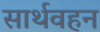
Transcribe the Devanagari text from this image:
सार्थवहन